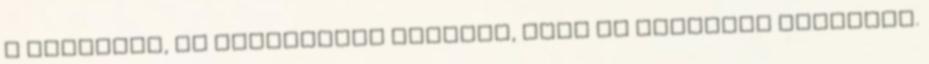
a veszélyt, de ismételten elértük, hogy ne vegyenek komolyan.